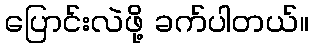
ပြောင်းလဲဖို့ ခက်ပါတယ်။